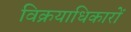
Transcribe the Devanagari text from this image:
विक्रयाधिकारों